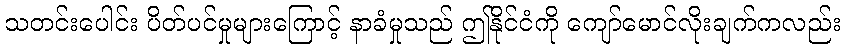
သတင်းပေါင်း ပိတ်ပင်မှုများကြောင့် နာခံမှုသည် ဤနိုင်ငံကို ကျော်မောင်လိုးချက်ကလည်း